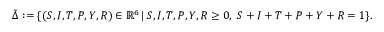
\Tilde { \Delta } : = \{ ( S , I , T , P , Y , R ) \in \mathbb { R } ^ { 6 } \, | \, S , I , T , P , Y , R \geq 0 , \ S + I + T + P + Y + R = 1 \} .